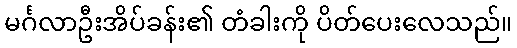
မင်္ဂလာဦးအိပ်ခန်း၏ တံခါးကို ပိတ်ပေးလေသည်။